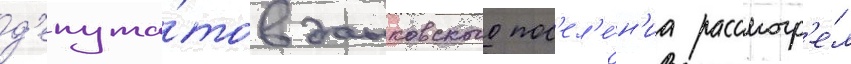
д'епута́тов данковского пос'ел'е́н'иа рассмотр'е́л